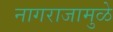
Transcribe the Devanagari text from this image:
नागराजामुळे